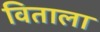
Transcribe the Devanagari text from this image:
विताला